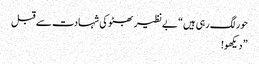
حور لگ رہی ہیں“ بے نظیر بھٹو کی شہادت سے قبل
” دیکھو!